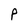
Character: P